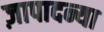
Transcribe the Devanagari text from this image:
ज़ापादन्या